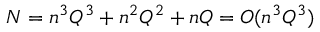
N = n ^ { 3 } Q ^ { 3 } + n ^ { 2 } Q ^ { 2 } + n Q = O ( n ^ { 3 } Q ^ { 3 } )